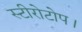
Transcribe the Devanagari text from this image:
स्टीरोटोप।